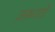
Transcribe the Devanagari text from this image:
ज़रूरतोँ